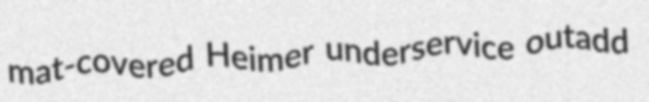
mat-covered Heimer underservice outadd